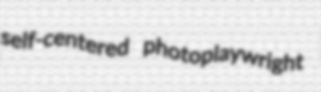
self-centered photoplaywright